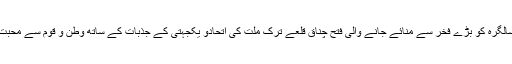
ایردوان نے اپنے پیغام میں کہا ہے کہ 105 ویں سالگرہ کو بڑے فخر سے منائے جانے والی فتح چناق قلعے ترک ملت کی اتحادو یکجہتی کے جذبات کے ساتھ وطن و قوم سے محبت کا اظہار کرنے والی ایک عظیم الشان داستان ہے۔